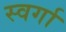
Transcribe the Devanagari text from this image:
स्वर्गा